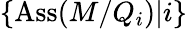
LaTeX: \{ \operatorname{Ass}(M/Q_{i})|i\}